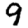
Digit: 9